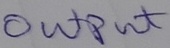
Text: OUTPUT